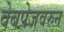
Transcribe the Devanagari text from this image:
वेबपेजवरुन